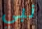
نبي